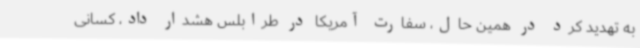
به تهدید کرد در همین حال، سفارت آمریکا در طرابلس هشدار داد، کسانی